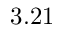
3 . 2 1